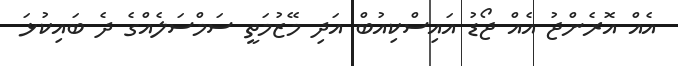
އެއް އޮރެންޖު އެއް ޖޯޑު އައިސްކިއުބް އަދި މޭޒުމަތީ ސަމްސަލެއްގެ ދެ ބައިކުޅަ